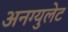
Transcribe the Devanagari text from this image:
अनग्युलेट